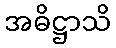
အဓိဋ္ဌာသိ